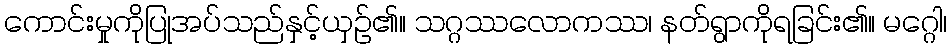
ကောင်းမှုကိုပြုအပ်သည်နှင့်ယှဉ်၏။ သဂ္ဂဿလောကဿ၊ နတ်ရွာကိုရခြင်း၏။ မဂ္ဂေါ၊